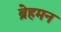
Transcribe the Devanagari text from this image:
ब्रेहमन